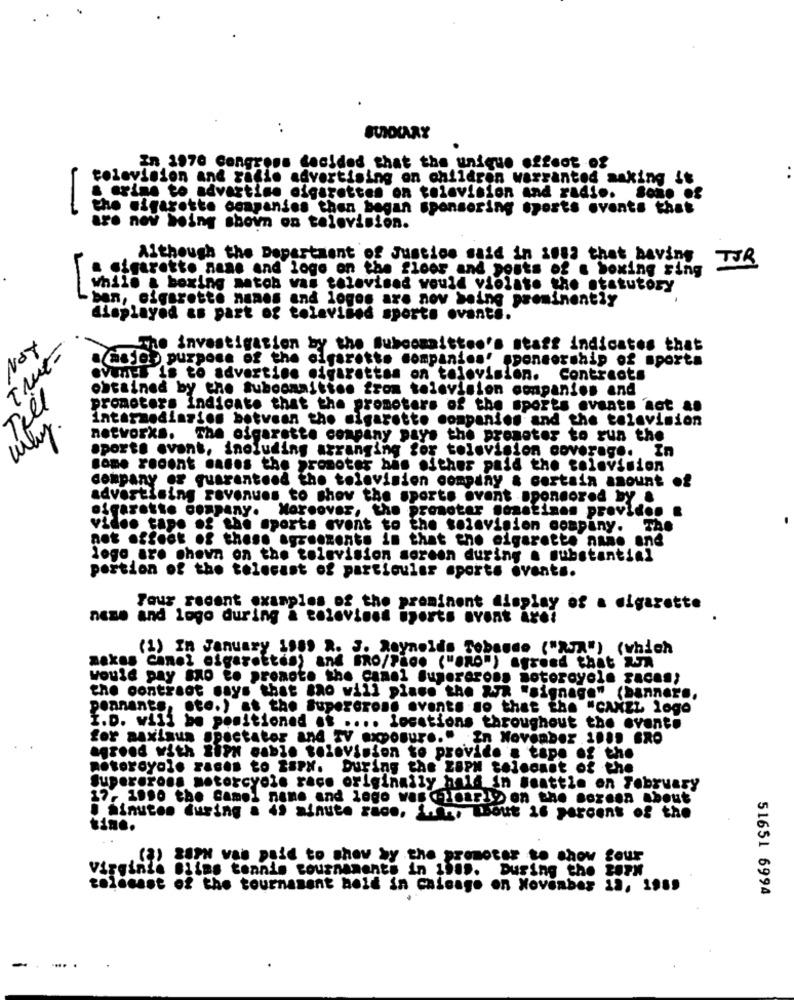
..
In 1970 Congress decided that the unique offoot of
television and radio advertising on children warranted making it
a erine to advartino olga
cigarettes on television and radio. Sono of
the cigarette companies then began sponsoring sports events that
are nev being shown on television.
Although the Department of Justice said in 1983 that having
TJR
a cigarette name and logo on the floor and posts of a boxing ring
while & boxing matob was televised would violato the statutory
ban, cigarette names and logos are nov being prominently
displayed as part of televised sports ovantě.
LThe investigation by the Subcommittee's staff indicates that
True-
APN
a major purpose of the cigarette companies' sponsorship of sports
evanES is to advertise cigarettes on television. Contracts
obtained by the tuboomnitton from television companies and
Tell
promotora indicate that the promoters of the sports events not a.
intermediarios between the sigarette companion and the television
why.
networks. The cigarette company pays the promoter to run the
sporte avant, inoluding arranging for television coverage. In
some recent manos the promoter bas either paid the television
company or guaranteed the television company & certain amount
advertising revenues to show the sports event sponsored by &
sigarette company. Moreover, the promoter nonatinen providen .
video tape of the sports event to the television company. The
not affect of these agreements in that eno cigarette nane and
logo are shown on the television soreen during a substantial
portion of the telecast of particular sports events.
Pour recent examples of the prominent display of a cigarette
name and logo during & colevinst sports event are?
(1) In January 1989 R. J. Reynolds Tobando ("AJA") (which
makes Canel cigarettes) and BRO/Pace ("BRO") agreed that W
would pay são to promote the canal superarons motorcycle races;
the contract says that sao will place the "R "signage" (banner ..
peanants, ste.) at the Supercross events so that the "CANEL logo
I.D. will be positioned .t .... Locations throughout the event.
for maximum spectator and TV exposure." In November .1.1. BRO
agreed with RiPH cable television to provide a tape of the
motoreyolo races to tary. During the ZOPH telmonat of the
Superarona motorcycle race originally hald in Beattie on February
17. 1990 the Camel name and logo was clearly on the screen about
I Minutos during a 49 minute race. L.f ., Toout 16 percent of the
tine.
) SIPM was paid to show by the promoter to show your
Blims tennis tournaments in 19.s. During the toPh
toldcast of the tournament hold in chicago on November 1a, 1989
51651 6994
-